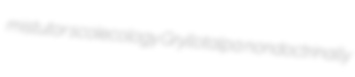
mistutor scolecology Gryllotalpa nondoctrinally